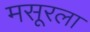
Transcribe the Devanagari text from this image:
मसूरला